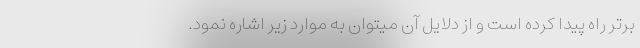
برتر راه پیدا کرده است و از دلایل آن میتوان به موارد زیر اشاره نمود.